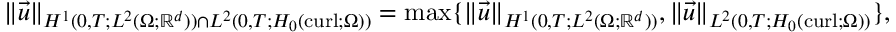
\begin{array} { r } { \| \vec { u } \| _ { H ^ { 1 } ( 0 , T ; L ^ { 2 } ( \Omega ; \mathbb R ^ { d } ) ) \cap L ^ { 2 } ( 0 , T ; H _ { 0 } ( \operatorname { c u r l } ; \Omega ) ) } = \operatorname* { m a x } \{ \| \vec { u } \| _ { H ^ { 1 } ( 0 , T ; L ^ { 2 } ( \Omega ; \mathbb R ^ { d } ) ) } , \| \vec { u } \| _ { L ^ { 2 } ( 0 , T ; H _ { 0 } ( \operatorname { c u r l } ; \Omega ) ) } \} , } \end{array}